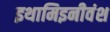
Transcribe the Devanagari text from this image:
इथामिइनीवंश